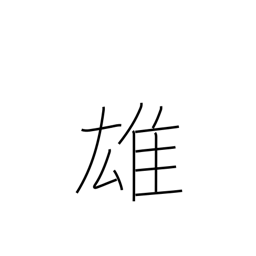
Meaning: superiority